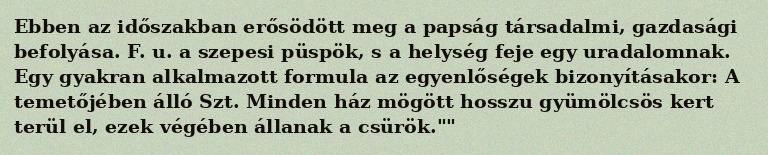
Ebben az időszakban erősödött meg a papság társadalmi, gazdasági befolyása. F. u. a szepesi püspök, s a helység feje egy uradalomnak. Egy gyakran alkalmazott formula az egyenlőségek bizonyításakor: A temetőjében álló Szt. Minden ház mögött hosszu gyümölcsös kert terül el, ezek végében állanak a csürök.""